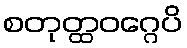
စတုတ္ထဝဂ္ဂေပိ